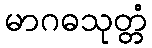
မာဂဓသုတ္တံ